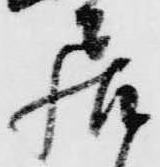
居